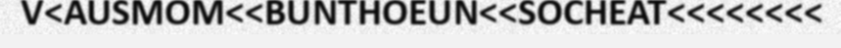
V<AUSMOM<<BUNTHOEUN<<SOCHEAT<<<<<<<<